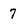
Character: 7